V__Kingissepa_nim__kolhoos, lk 47
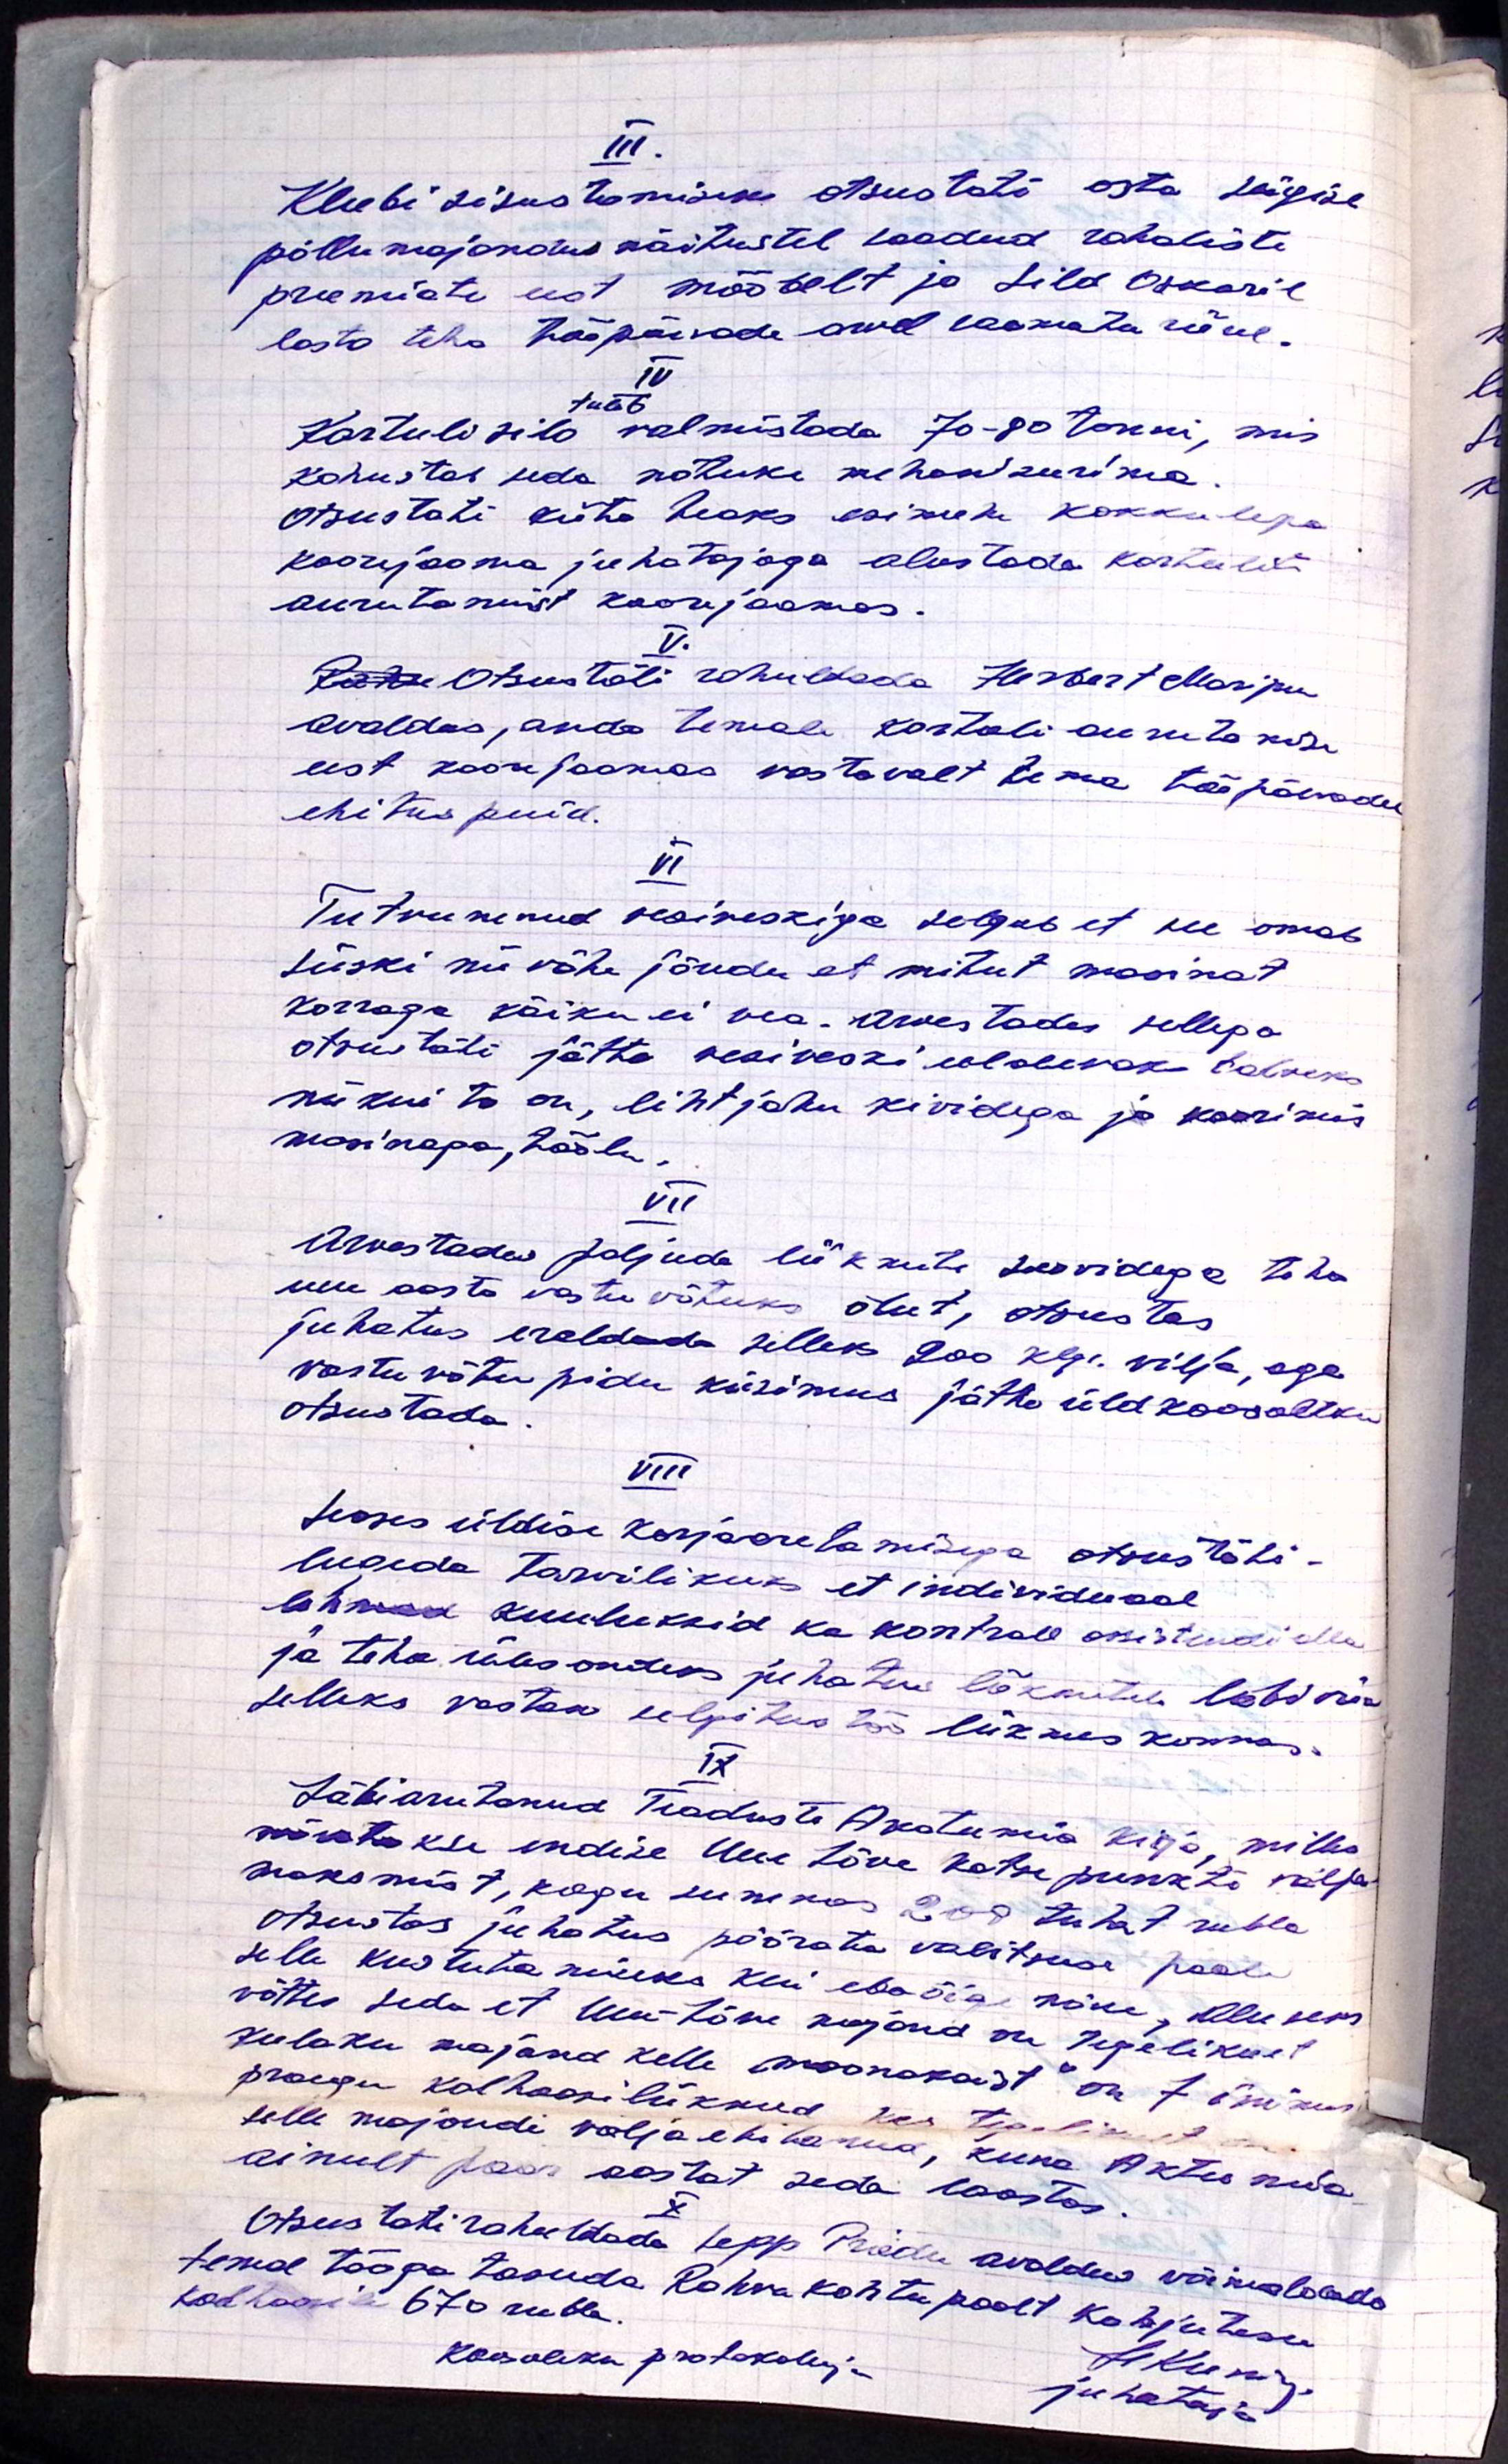
III
Klubi sisustamiseks otsustati osta sügise
põllumajandus näitustel saadud rahaliste
preemiate eest mööbelt ja Sild Oskaril
lasta teha tööpäevade arvel raamatu riiul.
IV
Kartuli silo valmistada 70-80 tonni, mis
kohustas seda natuke mehaniseerima
Otsustati kiita heaks esimehe kokkulepe
koorijaama juhatajaga alustada kartulite
aurutamist koorjaamas.
V.
Rahu Otsustati rahuldada Herbert Maripuu
avaldas, anda temale kartuli aurutamise
eest koorejaamas vastavalt tema tööpäevadel
ehitus puid.
VI
Tutvunenud vesiveskiga selgub et see omab
siiski nii vähe jõudu et mitut masinat
korraga käiku ei vea. Arvestades sellega
otsustati jätta vesiveski eelolevaks talveks
niikui ta on, lihtjahu kividega ja koorimis
masinaga, hõõlu
VII
Arvestades paljude liikmete soovidega teha
uue aasta vastu võtuks õlut, otsustas
juhatus eraldada selleks 200 klg. vilja, aga
vastuvõtu pidu küsimus jätta üldkoosoleku
otsustada.
VIII
Seoses üldise karjaaretamisega otsustati -
lugeda tarvilikuks et individuaal
lehmad kuuluksid ka kontroll assistendi alla
ja teha ülesandeks juhatuse liikmetele läbi viia
selleks vastav selgitus töö liikmeskonnas.
IX
Läbiarutanud Teaduste Akateemia kirja, milles
märatakse endise Uue Lõve katse punkti välja
maksmist, kogu summas 200 tuhat rubla
otsustas juhatus pöörata valitsuse poole
selle kustutamiseks kui ebaõige nõue, aluseks
võttes seda et Uue-Lõve korjand on tegelikult
praegu kolhoosiliikmed kes tegelikult on
selle majandi väljaehitanud, kuna Aktis neid
ainult paar aastat seda laastas.
Otsustati rahuldada Sepp Priidu avaldus võimaldades
temal tööga tasuda. Rahva kohtu poolt kahjutasu
kolhoosile 670 rubla
Koosoleku protokollija
H kuni
juhataja